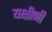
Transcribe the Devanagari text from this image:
यक्षीणी